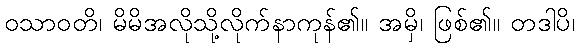
ဝသာဝတိ၊ မိမိအလိုသို့လိုက်နာကုန်၏။ အမှိ၊ ဖြစ်၏။ တဒါပိ၊